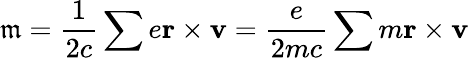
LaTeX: \mathfrak{m}=\frac{1}{2c}\sum e\textbf{r}\times\textbf{v}=\frac{e}{2mc}\sum m\textbf{r}\times\textbf{v}